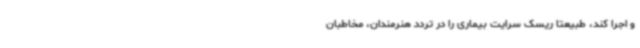
و اجرا کند، طبیعتا ریسک سرایت بیماری را در تردد هنرمندان، مخاطبان